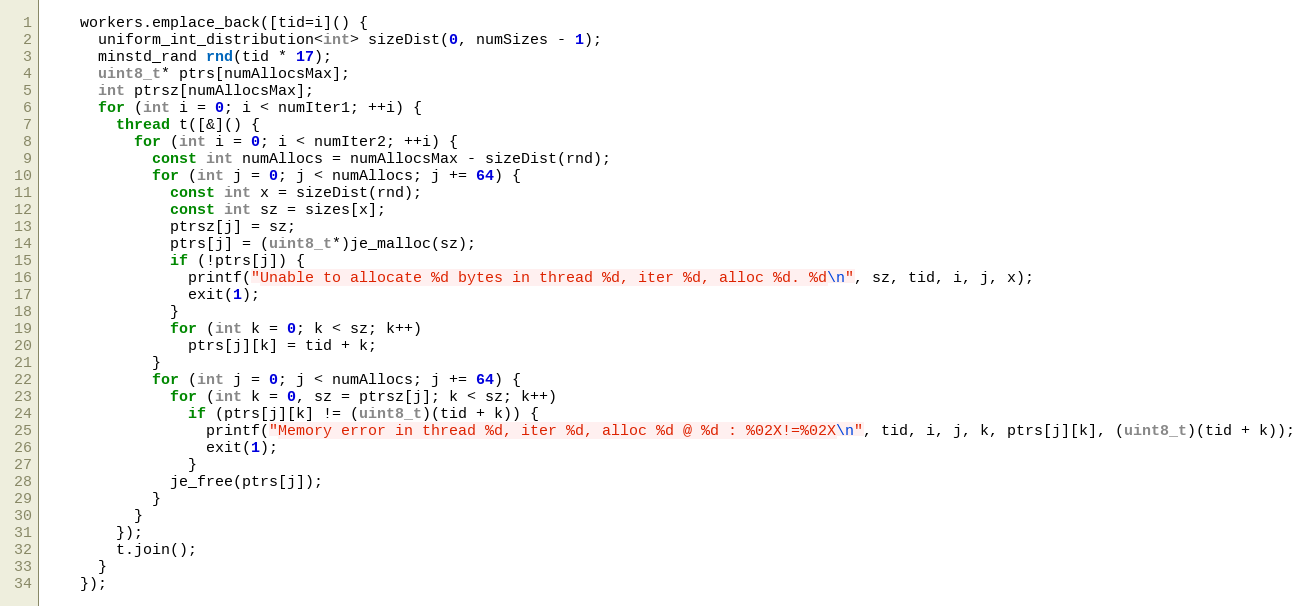
Language: C++
    workers.emplace_back([tid=i]() {
      uniform_int_distribution<int> sizeDist(0, numSizes - 1);
      minstd_rand rnd(tid * 17);
      uint8_t* ptrs[numAllocsMax];
      int ptrsz[numAllocsMax];
      for (int i = 0; i < numIter1; ++i) {
        thread t([&]() {
          for (int i = 0; i < numIter2; ++i) {
            const int numAllocs = numAllocsMax - sizeDist(rnd);
            for (int j = 0; j < numAllocs; j += 64) {
              const int x = sizeDist(rnd);
              const int sz = sizes[x];
              ptrsz[j] = sz;
              ptrs[j] = (uint8_t*)je_malloc(sz);
              if (!ptrs[j]) {
                printf("Unable to allocate %d bytes in thread %d, iter %d, alloc %d. %d\n", sz, tid, i, j, x);
                exit(1);
              }
              for (int k = 0; k < sz; k++)
                ptrs[j][k] = tid + k;
            }
            for (int j = 0; j < numAllocs; j += 64) {
              for (int k = 0, sz = ptrsz[j]; k < sz; k++)
                if (ptrs[j][k] != (uint8_t)(tid + k)) {
                  printf("Memory error in thread %d, iter %d, alloc %d @ %d : %02X!=%02X\n", tid, i, j, k, ptrs[j][k], (uint8_t)(tid + k));
                  exit(1);
                }
              je_free(ptrs[j]);
            }
          }
        });
        t.join();
      }
    });